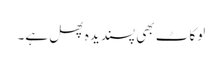
لوکاٹ بھی پسندیدہ پھل ہے۔